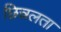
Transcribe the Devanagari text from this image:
छिन्नलता